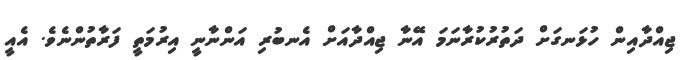
ޖިއްދާއިން ހުޅަނގަށް ދަތުރުކުރާނަމަ އޭނާ ޖިއްދާއަށް އެނބުރި އަންނާނީ އިރުމަތީ ފަރާތުންނެވެ. އެއީ